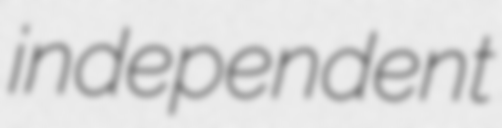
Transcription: independent